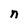
Character: n